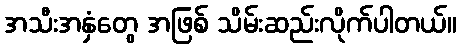
အသီးအနှံတွေ အဖြစ် သိမ်းဆည်းလိုက်ပါတယ်။